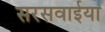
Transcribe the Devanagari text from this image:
सरसवाईया